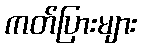
ကတ်ပြားများ